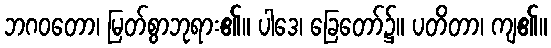
ဘဂဝတော၊ မြတ်စွာဘုရား၏။ ပါဒေ၊ ခြေတော်၌။ ပတိတာ၊ ကျ၏။